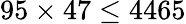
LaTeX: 95\times 47\leq 4465